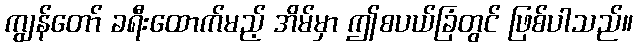
ကျွန်တော် ခရီးထောက်မည့် အိမ်မှာ ဤစပယ်ခြံတွင် ဖြစ်ပါသည်။